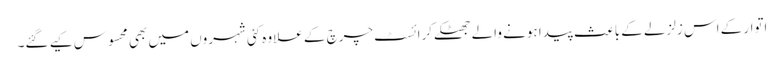
اتوار کے اس زلزلے کے باعث پیدا ہونے والے جھٹکے کرائسٹ چرچ کے علاوہ کئی شہروں میں بھی محسوس کیے گئے۔